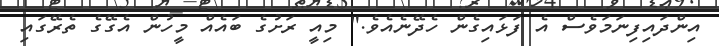
އިންދައިފިނަމަވެސް އެ ފަޅައިގެން ހެދޭނެއެވެ." މިއީ ރަށުގެ ބައެއް މީހުން އެގޭގެ ތެރޭގައި